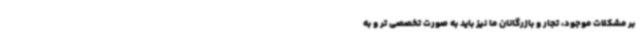
بر مشکلات موجود، تجار و بازرگانان ما نیز باید به صورت تخصصی تر و به